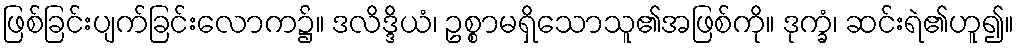
ဖြစ်ခြင်းပျက်ခြင်းလောက၌။ ဒလိဒ္ဒိယံ၊ ဥစ္စာမရှိသောသူ၏အဖြစ်ကို။ ဒုက္ခံ၊ ဆင်းရဲ၏ဟူ၍။